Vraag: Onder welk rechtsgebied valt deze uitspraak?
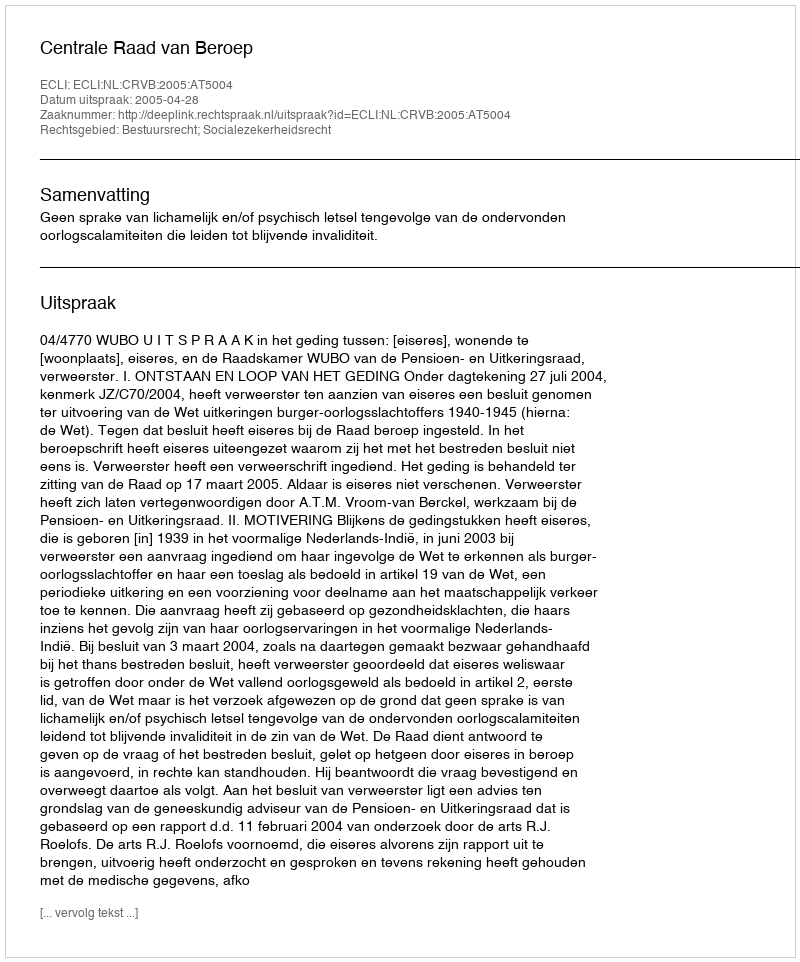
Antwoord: Bestuursrecht; Socialezekerheidsrecht